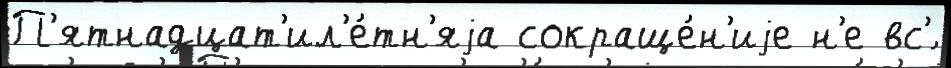
П'ятнадцат'ил'е́тн'яjа сокраще́н'иjе н'е вс'́